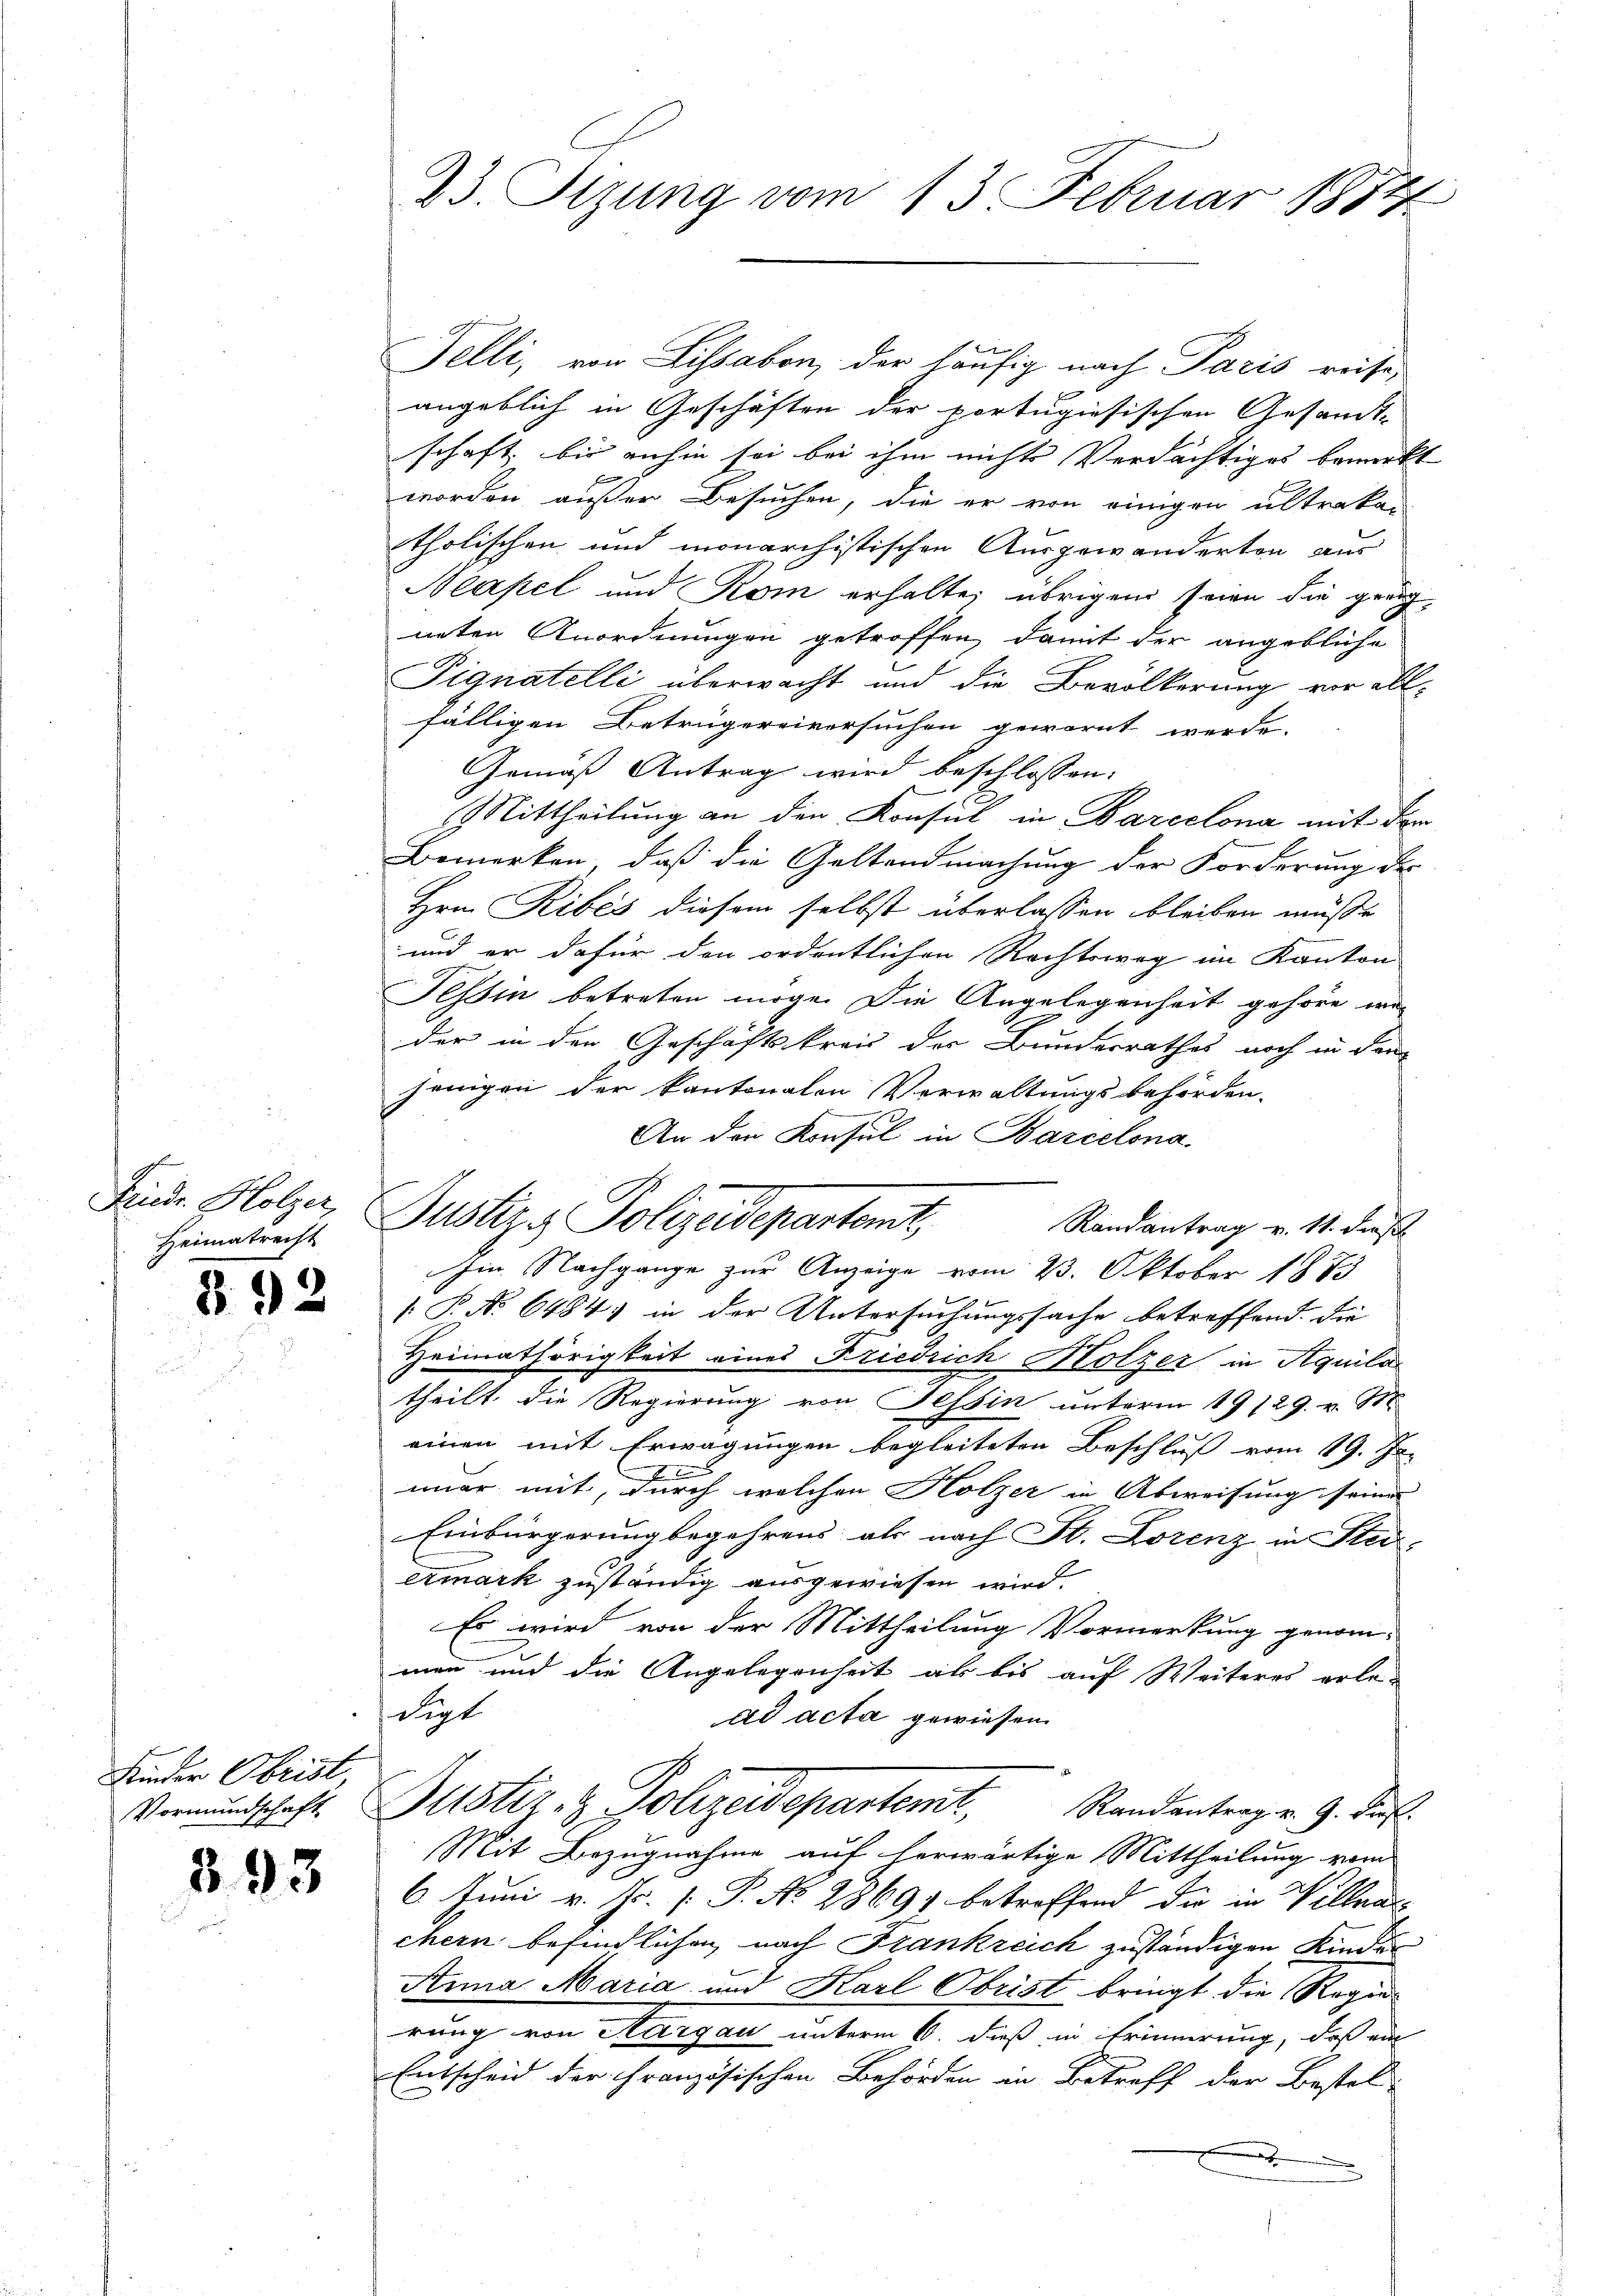
Heimatrecht

892

Kinder Obrist,

393

Felli, von Lissabon, der häufig nach Paris reise,
b
angeblich in Geschäften der portigiesischen Gesandt-
schaft, bis anhin sei bei ihm nichts Verdächtiges bemerkt
worden außer Besuchen, die er von einigen ultrakan
tholischen und monarchistischen Ausgewänderten aus
Neapel und Köm erhalte; übrigen seien die gra
neten Anordnungen getroffen, damit der angebliche
Pignatelli überwacht und die Bevölkerung vor all-
fälligen Betrügereiversuchen gewarnt werde.
Gemäß Antrag wird beschlossen:
Mittheilung an den Konsul in Barcelona mit der
Bemerken, daß die Geltendmachung der Forderung des
Hrn. Ribés diesem selbst überlassen bleiben müße
und er dafür den ordentlichen Rechtsweg im Kanton
Tessin betreten möge. Die Angelegenheit gehöre, wa
der in den Geschäftskreis der Bunderrathes noch in den
jenigen der kantonalen Verwaltungsbehörden.
An den Konsul in Barcelona
Finde Holzer Justiz & Polizeidepartamt
Randantrag v. 11. dies
Im Nachgange zur Anzeige vom 23. Oktober 1875
 P. No 64841 in der Untersuchungssache betreffend. Die
Heimathörigkeit eines Friedrich Holzer in Aquila
theilt die Regierung von Tessin unterm 19/29. v. 188
einen mit Erwägungen begleiteten Beschluß vom 19. Jun
2
imer mit, durch welchen Holzer in Abweisung seiner
Einbürgerung begehrens, als nach St. Lorenz in Stei-
ermark zuständig ausgewiesen wird.
Es wird von der Mittheilung Vormerkung genom-
mann und die Angelegenheit als bis auf Weiteres erle-
digt
ad acta gewiesen.
Vormundschaft. Zustiz & Polizeidepartemt, Randentrag v. J. Lauf
Mit Bezugnahme auf herwärtige Mittheilung vom
6. Juni v. Js. [ P. No. 28691 betreffend die in Villnau-
chern befindlichen, nach Frankreich zuständigen Kinder
Anna Maria und Karl Obrist bringt die Regierung von Aargau unterm 6. dieß in Erinnerung, daß ein
Entscheid der Französischen Behörden in Betreff der Bestel-
.

23. Sizung vom 13. Februar 1884